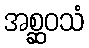
အစ္ဆဝသံ